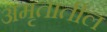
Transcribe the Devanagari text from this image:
अमृतातील